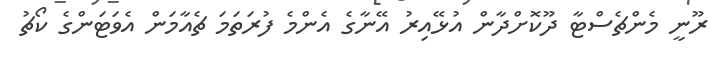
ރޫނީ މެންޗެސްޓާ ދޫކޮށްދާން އުޅޭއިރު އޭނާގެ އެންމެ ފުރަތަމަ ޗެއާމަން އެވަޓަންގެ ކޯޗު